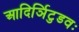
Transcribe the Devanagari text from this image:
आदिर्ञिटुडवः